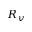
R _ { v }